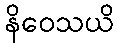
နိဝေသယိ